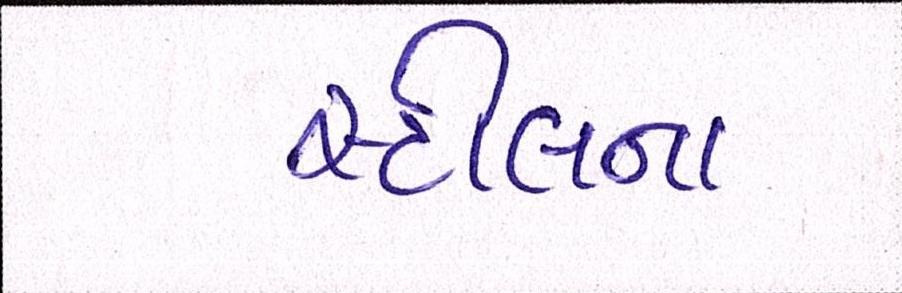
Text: સ્ટીલના